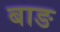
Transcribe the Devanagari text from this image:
बाङ